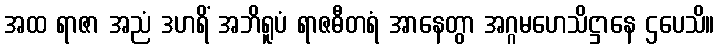
အထ ရာဇာ အညံ ဒဟရိံ အဘိရူပံ ရာဇဓီတရံ အာနေတွာ အဂ္ဂမဟေသိဋ္ဌာနေ ဌပေသိ။